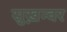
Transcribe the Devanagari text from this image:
सुख़न्वर